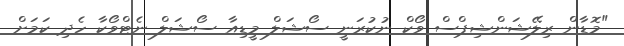
"މޮޑާން ރިލޭޝަންޝިޕްސް ވޯކް ނުކުރަނީ ސޯޝަލް މީޑިއާ ސޯޝަލް ނެޓްވޯކާ ހެދި ކަމަށް